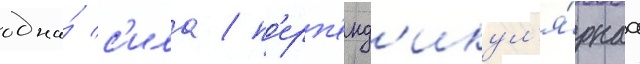
одна́ с'ила / п'ерп'енд'икул'я́рнаа